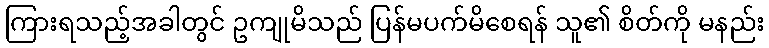
ကြားရသည့်အခါတွင် ဥကျုမိသည် ပြန်မပက်မိစေရန် သူ၏ စိတ်ကို မနည်း